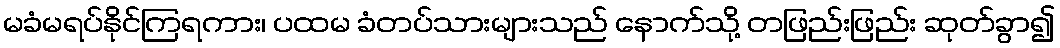
မခံမရပ်နိုင်ကြရကား၊ ပထမ ခံတပ်သားများသည် နောက်သို့ တဖြည်းဖြည်း ဆုတ်ခွာ၍